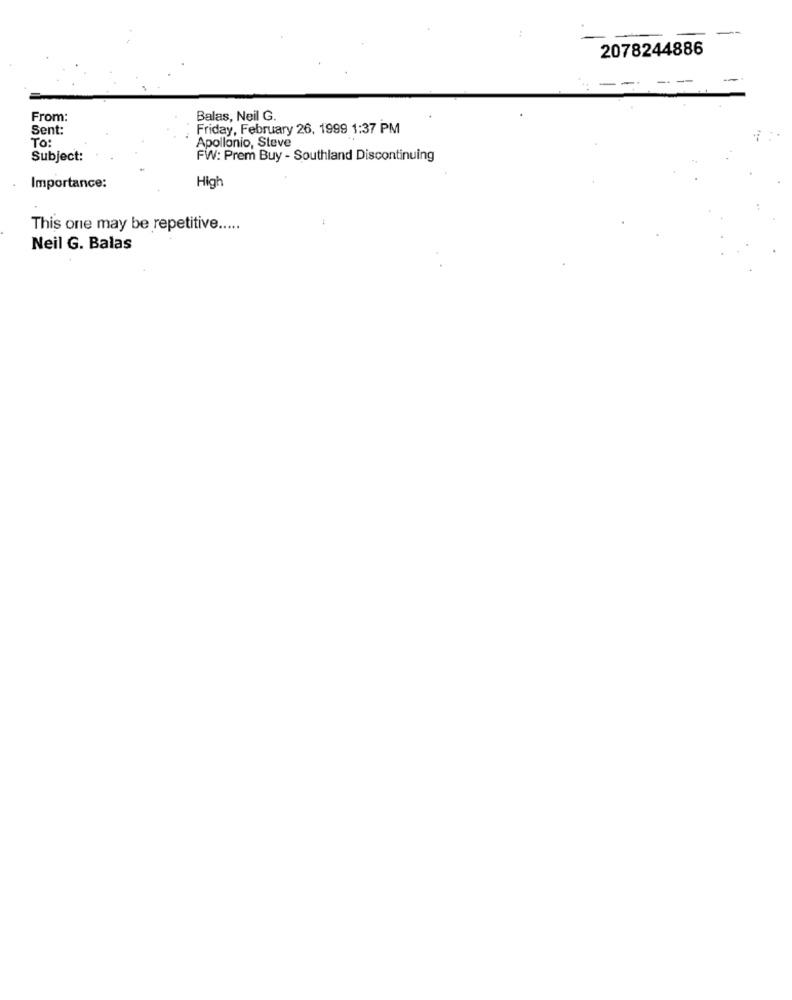
2078244886
- -
From:
Balas, Neil G.
Sent:
Friday, February 26, 1999 1:37 PM
To:
Apollonio, Steve
Subject:
FW: Prem Buy - Southland Discontinuing
Importance:
High
This one may be repetitive .....
Neil G. Balas